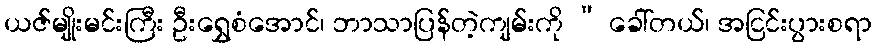
ယဇ်မျိုးမင်းကြီး ဦးရွှေစံအောင်၊ ဘာသာပြန်တဲ့ကျမ်းကို “ ခေါ်တယ်၊ အငြင်းပွားစရာ